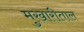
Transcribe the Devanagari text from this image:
मुखारीताल